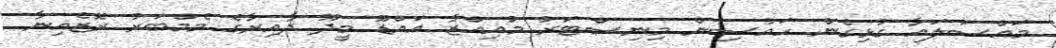
މައްސަލައާ ގުޅިގެން ހައުސިން މިނިސްޓަރު މުއިއްޒާ އައްޑޫ މީދޫ ދާއިރާގެ މެމްބަރު ރޮޒެއިނާ